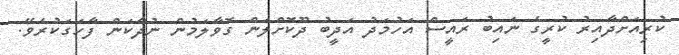
ކުރިއަށްދާއިރު ކުރީގެ ނައިބު ރައީސް އަހުމަދު އަދީބު ދޫކޮށްލަން ގޮވާލަމުން ނުދާކަން ފާހަގަކުރެވޭ.